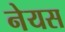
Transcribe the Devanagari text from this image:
नेयस